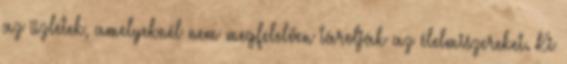
az üzletek, amelyeknél nem megfelelően tárolják az élelmiszereket. Ki